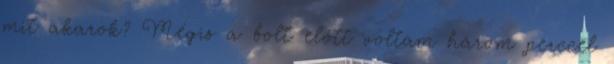
mit akarok? Mégis a bolt előtt voltam három perccel